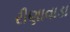
રીણાવાડા